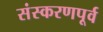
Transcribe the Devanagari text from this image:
संस्करणपूर्व